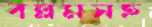
বল্লমসহ